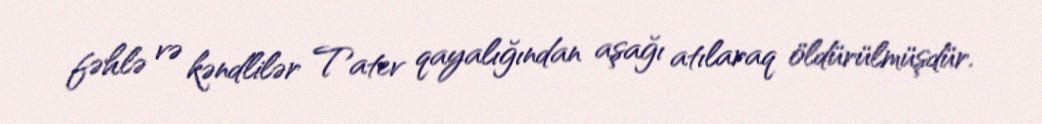
fəhlə və kəndlilər Tatev qayalığından aşağı atılaraq öldürülmüşdür.